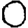
Digit: 0